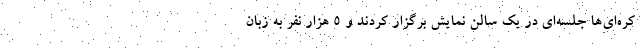
کره‌ای‌ها جلسه‌ای در یک سالن نمایش برگزار کردند و ۵ هزار نفر به زبان